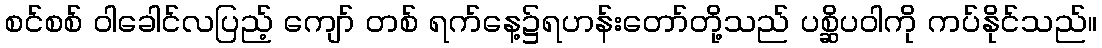
စင်စစ် ဝါခေါင်လပြည့် ကျော် တစ် ရက်နေ့၌ရဟန်းတော်တို့သည် ပစ္ဆိပဝါကို ကပ်နိုင်သည်။